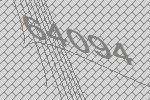
64094